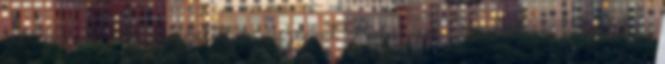
erdélyieknek Megkezdődött az összevont Rohác-per Ráülhet-e a baloldal az